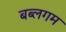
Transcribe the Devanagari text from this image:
बब्लगम